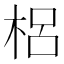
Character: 梠